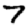
Digit: 7